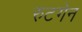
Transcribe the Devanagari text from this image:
रुटगेन